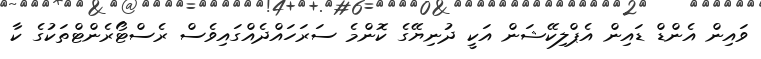
ވައިން އެންޑް ޑައިން އެޕްލިކޭޝަން އަކީ ދުނިޔޭގެ ކޮންމެ ސަރަހައްދެއްގައިވެސް ރެސްޓޯރެންޓްތަކުގެ ކާ